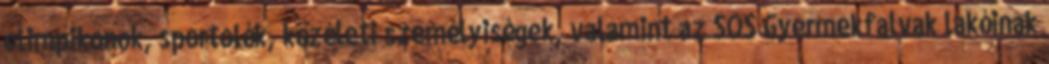
olimpikonok, sportolók, közéleti személyiségek, valamint az SOS Gyermekfalvak lakóinak